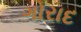
ગોરાદ